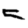
Digit: 5